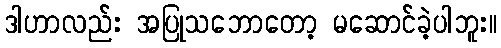
ဒါဟာလည်း အပြုသဘောတော့ မဆောင်ခဲ့ပါဘူး။